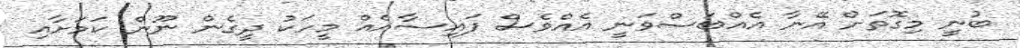
ބުނީ މިގޮތަށް އޭނާ އެއްބަސްވަނީ އެއްވެސް ފައިސާއެއް މީހަކު ދީގެން ނޫން ކަމަށާއި